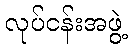
လုပ်ငန်းအဖွဲ့